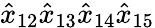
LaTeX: {\hat{x}}_{12}{\hat{x}}_{13}{\hat{x}}_{14}{\hat{x}}_{15}